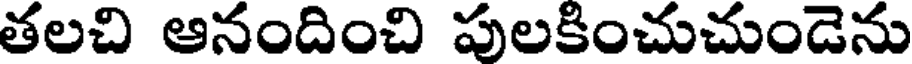
తలచి ఆనందించి పులకించుచుండెను